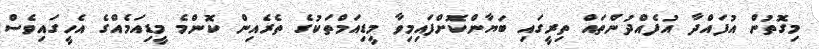
މިގޮތުން އުފައްދާ އުފެއްދުންތައް ތިރީގައި ބަޔާންކޮށްފައިމިވާ މީޑިއަމްތަކުގެ ތެރެއިން ކޮންމެ މީޑިއަމެއްގެ އެހީގައިވެސް